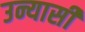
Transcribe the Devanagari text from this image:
उन्यासी